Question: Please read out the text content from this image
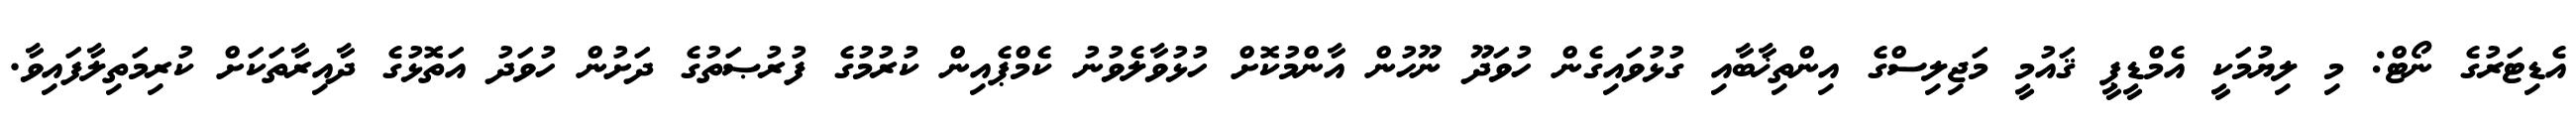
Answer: އެޑިޓަރުގެ ނޯޓް: މި ލިޔުމަކީ އެމްޑީޕީ ޤައުމީ މަޖިލިސްގެ އިންތިޚާބާއި ގުޅުވައިގެން ހުވަދޫ ނޫހުން އާންމުކޮށް ހުޅުވާލެވުނު ކެމްޕެއިން ކުރުމުގެ ފުރުޞަތުގެ ދަށުން ހުވަދު އަތޮޅުގެ ދާއިރާތަކަށް ކުރިމަތިލާފައިވާ.